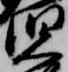
児